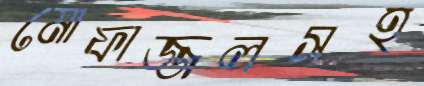
মোফাজ্জলসহ